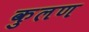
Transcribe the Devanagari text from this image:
कुलण